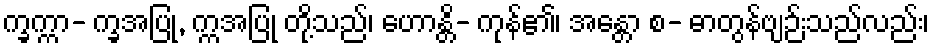
က္ခက္ကာ- က္ခအပြု, က္ကအပြု တို့သည်၊ ဟောန္တိ- ကုန်၏၊ အန္တော စ- ဓာတွန်ဗျဉ်းသည်လည်း၊